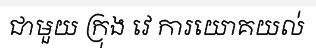
ជាមួយ ក្រុង វេ ការយោគយល់